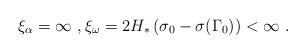
LaTeX: \begin{align*}\xi_\alpha = \infty \ ,\xi_\omega = 2 H_* \left( \sigma_0 - \sigma(\Gamma_0) \right) < \infty\ . \end{align*}